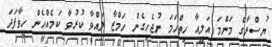
ޔުސްރާގެ މަންމަ އަލީއާ ހިތްހަމަ ނުޖެހިގެން ހަމްޒާ ލައްވާ ކުރުވާ ކަމެއްހެން ހީވާފަދަ